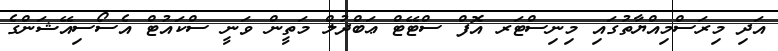
އަދި މިރަސްމިއްޔާތުގައި މިނިސްޓަރ އޮފް ސްޓޭޓް ޢަބްދުލް މަތީން ވަނީ ސްކައުޓް އެސޯސިއޭޝަންގެ